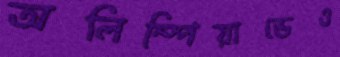
অলিম্পিয়াডেও